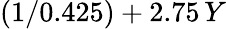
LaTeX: (1/0.425)+2.75\, Y